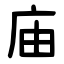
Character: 庙